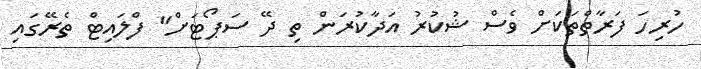
ހުރިހަ ފަރާތްތަކަށް ވެސް ޝުކުރު އަދާކުރަން ތި ދޭ ސަޕޯޓަށް" ފްލައިޓް ތެރޭގައި